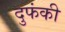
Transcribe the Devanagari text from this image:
दुफंकी